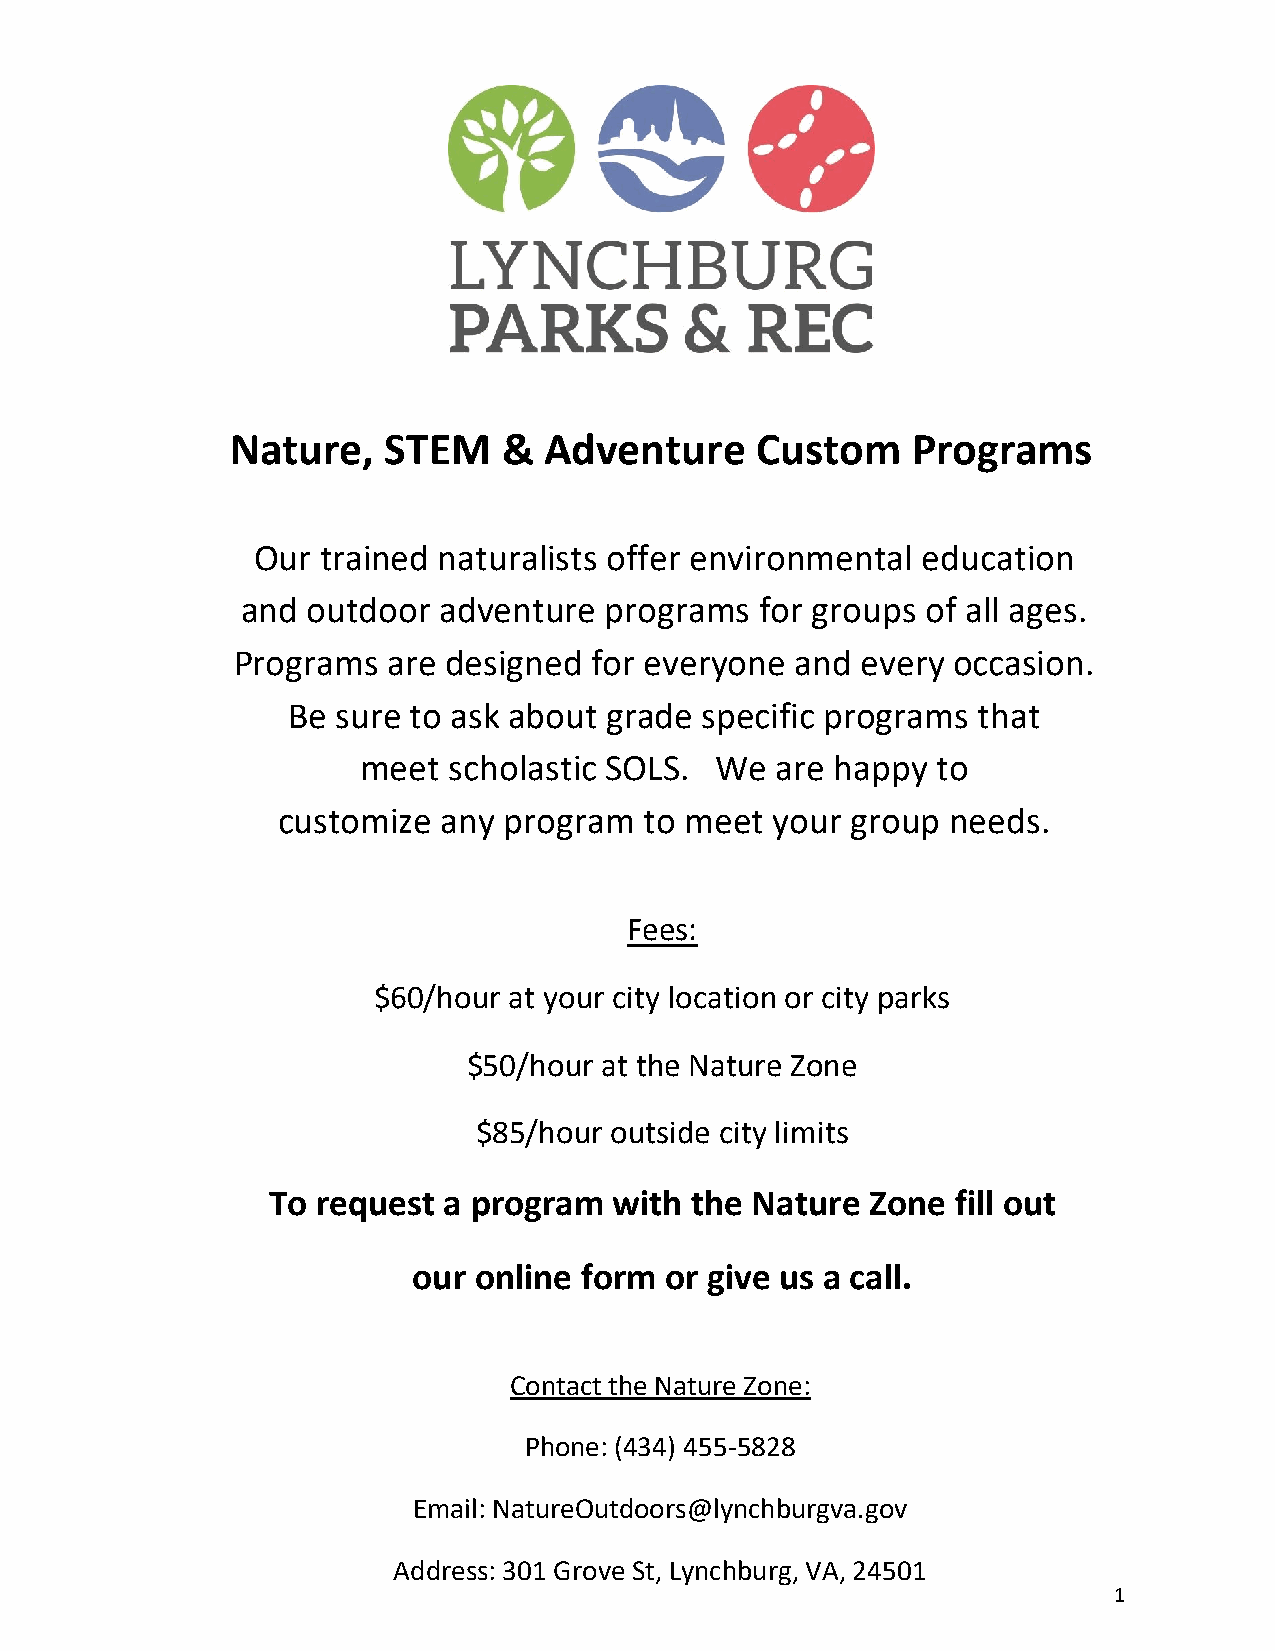
Nature,   STEM    &  Adventure     Custom    Programs
 Our trained naturalists offer environmental education
 and outdoor  adventure  programs  for groups of all ages.
 Programs   are designed for everyone  and every occasion.
 Be sure to ask about grade  specific programs that
 meet  scholastic SOLS. We  are happy  to
 customize  any program   to meet your group  needs.
 Fees:
 $60/hour at your city location or city parks
 $50/hour at the Nature Zone
 $85/hour outside city limits
 To request a program   with the Nature  Zone fill out
 our online form  or give us a call.
 Contact the Nature Zone:
 Phone: (434) 455-5828
 Email: NatureOutdoors@lynchburgva.gov
 Address: 301 Grove St, Lynchburg, VA, 24501
 1